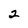
Character: 2